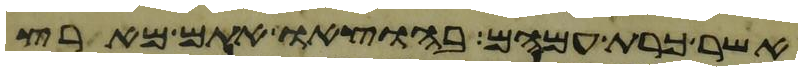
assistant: אשר כרת עמהם בהוצאו אתם מארץ